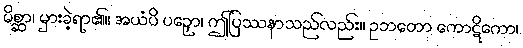
မိစ္ဆာ၊ မှားခဲ့ရာ၏။ အယံပိ ပဉှော၊ ဤပြဿနာသည်လည်း။ ဥဘတော ကောဋိကော၊